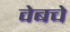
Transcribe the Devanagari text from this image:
वेबचे